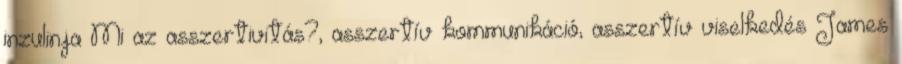
inzulinja Mi az asszertivitás?, asszertív kommunikáció, asszertív viselkedés James